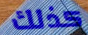
كذلك